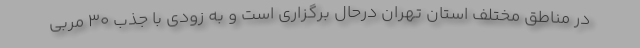
در مناطق مختلف استان تهران درحال برگزاری است و به زودی با جذب 30 مربی